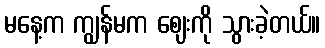
မနေ့က ကျွန်မက ဈေးကို သွားခဲ့တယ်။